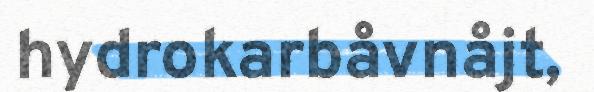
hydrokarbåvnåjt,